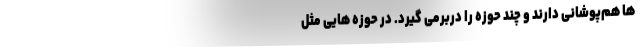
ها هم­پوشانی دارند و چند حوزه را دربرمی­ گیرد. در حوزه­ هایی مثل